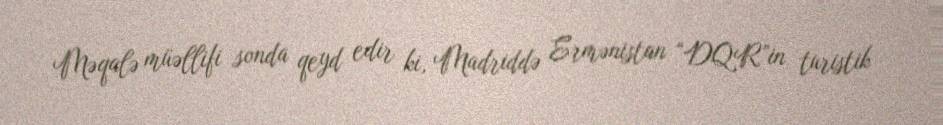
Məqalə müəllifi sonda qeyd edir ki, Madriddə Ermənistan “DQR”in turistik